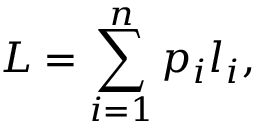
L = \sum _ { i = 1 } ^ { n } p _ { i } l _ { i } ,